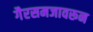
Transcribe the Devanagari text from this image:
गैरसमजावरून